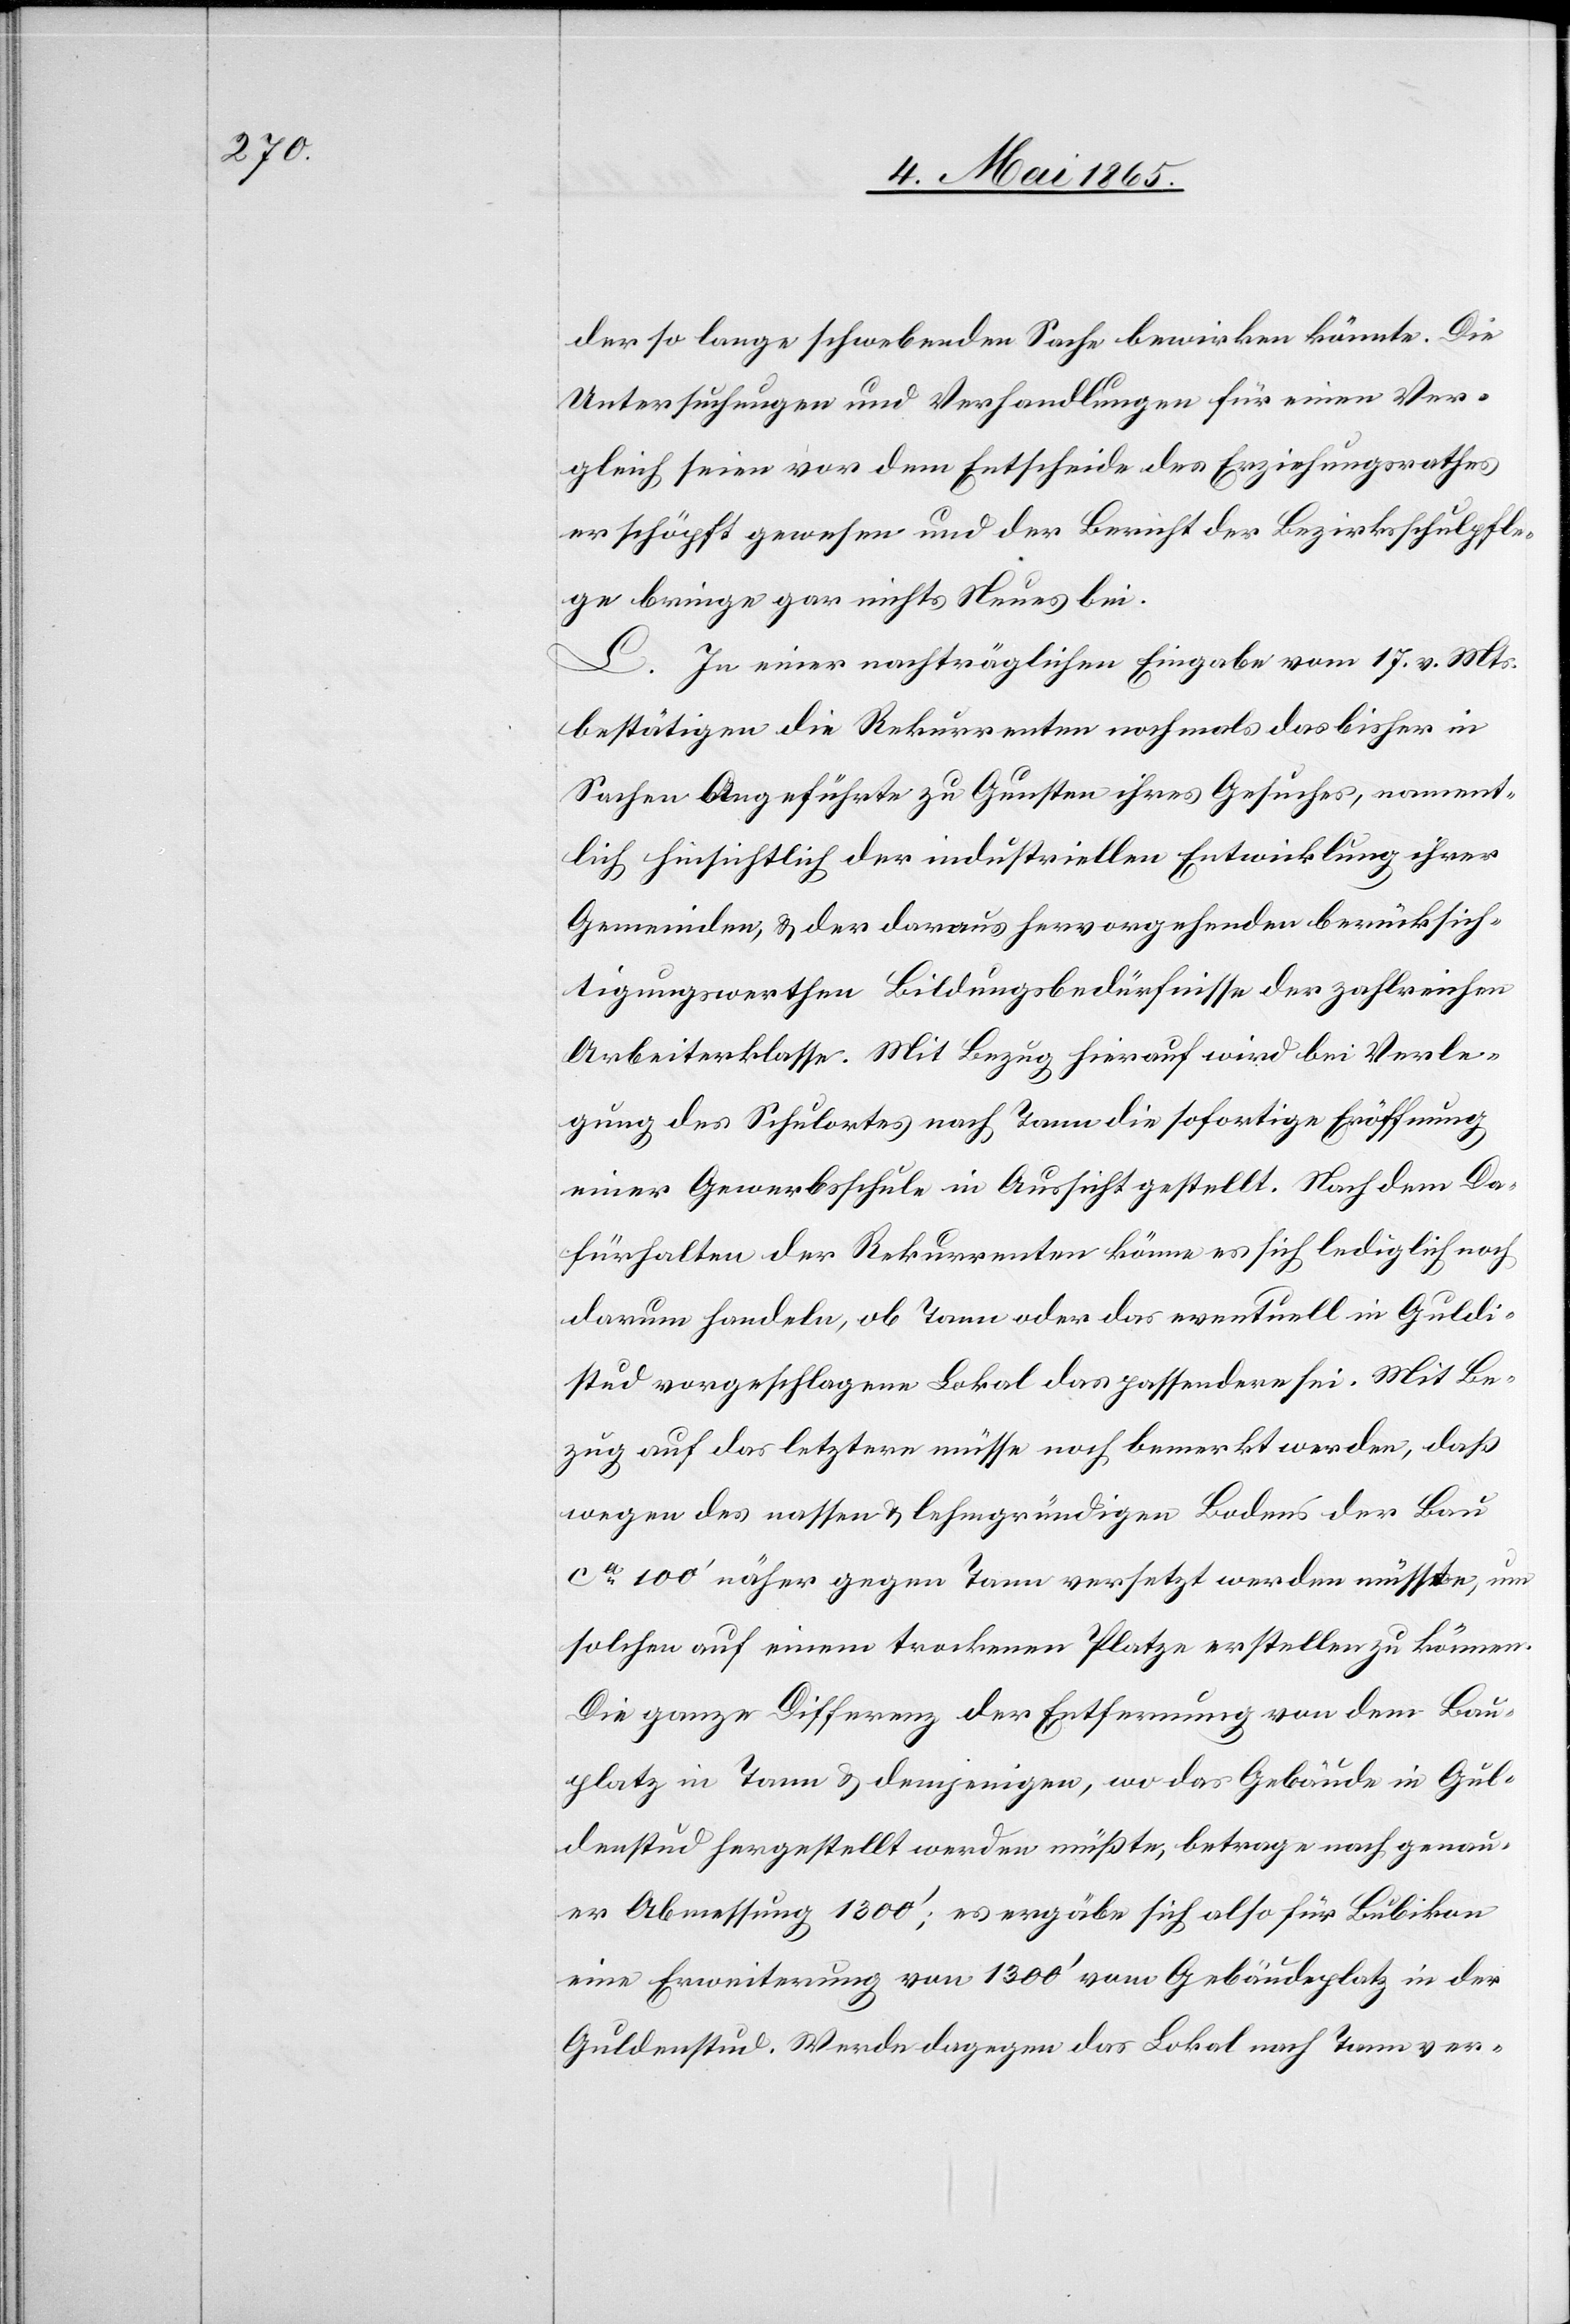
der so lange schwebenden Sache bewirken könnte. Die
Untersuchungen und Verhandlungen für einen Ver¬
gleich seien vor dem Entscheide des Erziehungsrathes
erschöpft gewesen und der Bericht der Bezirksschulpfle¬
ge bringe gar nichts Neues bei.
L. In einer nachträglichen Eingabe vom 17. v. Mts.
bestätigen die Rekurrenten nochmals das bisher in
Sachen Angeführte zu Gunsten ihres Gesuches, nament¬
lich hinsichtlich der industriellen Entwicklung ihrer
Gemeinden, & der daraus hervorgehenden berücksich¬
tigungswerthen Bildungsbedürfnisse der zahlreichen
Arbeiterklasse. Mit Bezug hierauf wird bei Verle¬
gung des Schulortes nach Tann die sofortige Eröffnung
einer Gewerbsschule in Aussicht gestellt. Nach dem Da¬
fürhalten der Rekurrenten könne es sich lediglich noch
darum handeln, ob Tann oder das eventuell in Guldi¬
stud vorgeschlagene Lokal das passendere sei. Mit Be¬
zug auf das letztere müsse noch bemerkt werden, daß
wegen des nassen & lehmgründigen Bodens der Bau
ca 100’ näher gegen Tann versetzt werden müsste, um
solchen auf einem trockenen Platze erstellen zu können.
Die ganze Differenz der Entfernung von dem Bau¬
platz in Tann & demjenigen, wo das Gebäude in Gul¬
denstud hergestellt werden müßte, betrage nach genau¬
er Abmessung 1300’; es ergäbe sich also für Bubikon
eine Erweiterung von 1300’ vom Gebäudeplatz in der
Guldenstud. Werde dagegen das Lokal nach Tann ver-